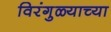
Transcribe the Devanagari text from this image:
विरंगुळ्याच्या